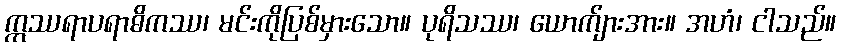
ဣဿရာပရာဓိကဿ၊ မင်းကိုပြစ်မှားသော။ ပုရိသဿ၊ ယောက်ျားအား။ အဟံ၊ ငါသည်။